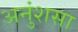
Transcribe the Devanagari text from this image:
अनुंशसा